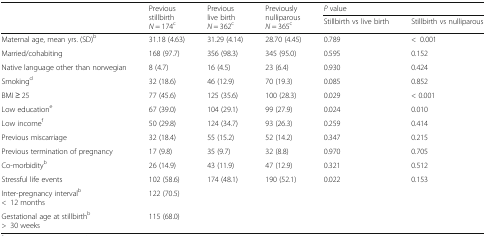
<table><thead><tr><td rowspan="2"></td><td rowspan="2"><b>Previous stillbirth<i>N</i> = 174<sup>c</sup></b></td><td rowspan="2"><b>Previous live birth<i>N</i> = 362<sup>c</sup></b></td><td rowspan="2"><b>Previously nulliparous<i>N</i> = 365<sup>c</sup></b></td><td colspan="2"><b><i>P</i> value</b></td></tr><tr><td><b>Stillbirth vs live birth</b></td><td><b>Stillbirth vs nulliparous</b></td></tr></thead><tbody><tr><td>Maternal age, mean yrs. (SD)<sup>b</sup></td><td>31.18 (4.63)</td><td>31.29 (4.14)</td><td>28.70 (4.45)</td><td>0.789</td><td>&lt;0.001</td></tr><tr><td>Married/cohabiting</td><td>168 (97.7)</td><td>356 (98.3)</td><td>345 (95.0)</td><td>0.595</td><td>0.152</td></tr><tr><td>Native language other than norwegian</td><td>8 (4.7)</td><td>16 (4.5)</td><td>23 (6.4)</td><td>0.930</td><td>0.424</td></tr><tr><td>Smoking<sup>d</sup></td><td>32 (18.6)</td><td>46 (12.9)</td><td>70 (19.3)</td><td>0.085</td><td>0.852</td></tr><tr><td>BMI ≥ 25</td><td>77 (45.6)</td><td>125 (35.6)</td><td>100 (28.3)</td><td>0.029</td><td>&lt; 0.001</td></tr><tr><td>Low education<sup>e</sup></td><td>67 (39.0)</td><td>104 (29.1)</td><td>99 (27.9)</td><td>0.024</td><td>0.010</td></tr><tr><td>Low income<sup>f</sup></td><td>50 (29.8)</td><td>124 (34.7)</td><td>93 (26.3)</td><td>0.259</td><td>0.414</td></tr><tr><td>Previous miscarriage</td><td>32 (18.4)</td><td>55 (15.2)</td><td>52 (14.2)</td><td>0.347</td><td>0.215</td></tr><tr><td>Previous termination of pregnancy</td><td>17 (9.8)</td><td>35 (9.7)</td><td>32 (8.8)</td><td>0.970</td><td>0.705</td></tr><tr><td>Co-morbidity<sup>b</sup></td><td>26 (14.9)</td><td>43 (11.9)</td><td>47 (12.9)</td><td>0.321</td><td>0.512</td></tr><tr><td>Stressful life events</td><td>102 (58.6)</td><td>174 (48.1)</td><td>190 (52.1)</td><td>0.022</td><td>0.153</td></tr><tr><td>Inter-pregnancy interval<sup>b</sup>&lt;12 months</td><td>122 (70.5)</td><td></td><td></td><td></td><td></td></tr><tr><td>Gestational age at stillbirth<sup>b</sup>&gt;30 weeks</td><td>115 (68.0)</td><td></td><td></td><td></td><td></td></tr></tbody></table>